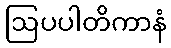
ဩပပါတိကာနံ